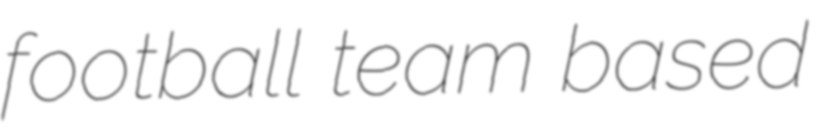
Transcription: football team based